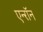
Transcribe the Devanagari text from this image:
एन्‍रॉन